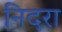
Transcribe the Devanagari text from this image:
निदरा